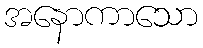
အနောကာသော